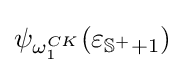
\psi _{\omega _{1}^{CK}}(\varepsilon _{\mathbb {S} ^{+}+1})